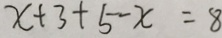
x + 3 + 5 - x = 8